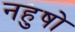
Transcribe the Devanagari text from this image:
नहुषो